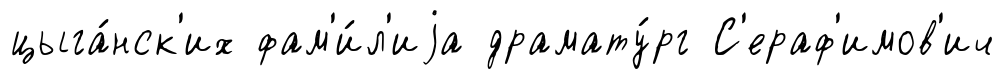
цыга́нск'их фам'и́л'иjа драмату́рг С'ераф'имов'ич